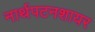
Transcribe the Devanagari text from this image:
नार्थपटनशायर